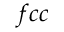
f c c